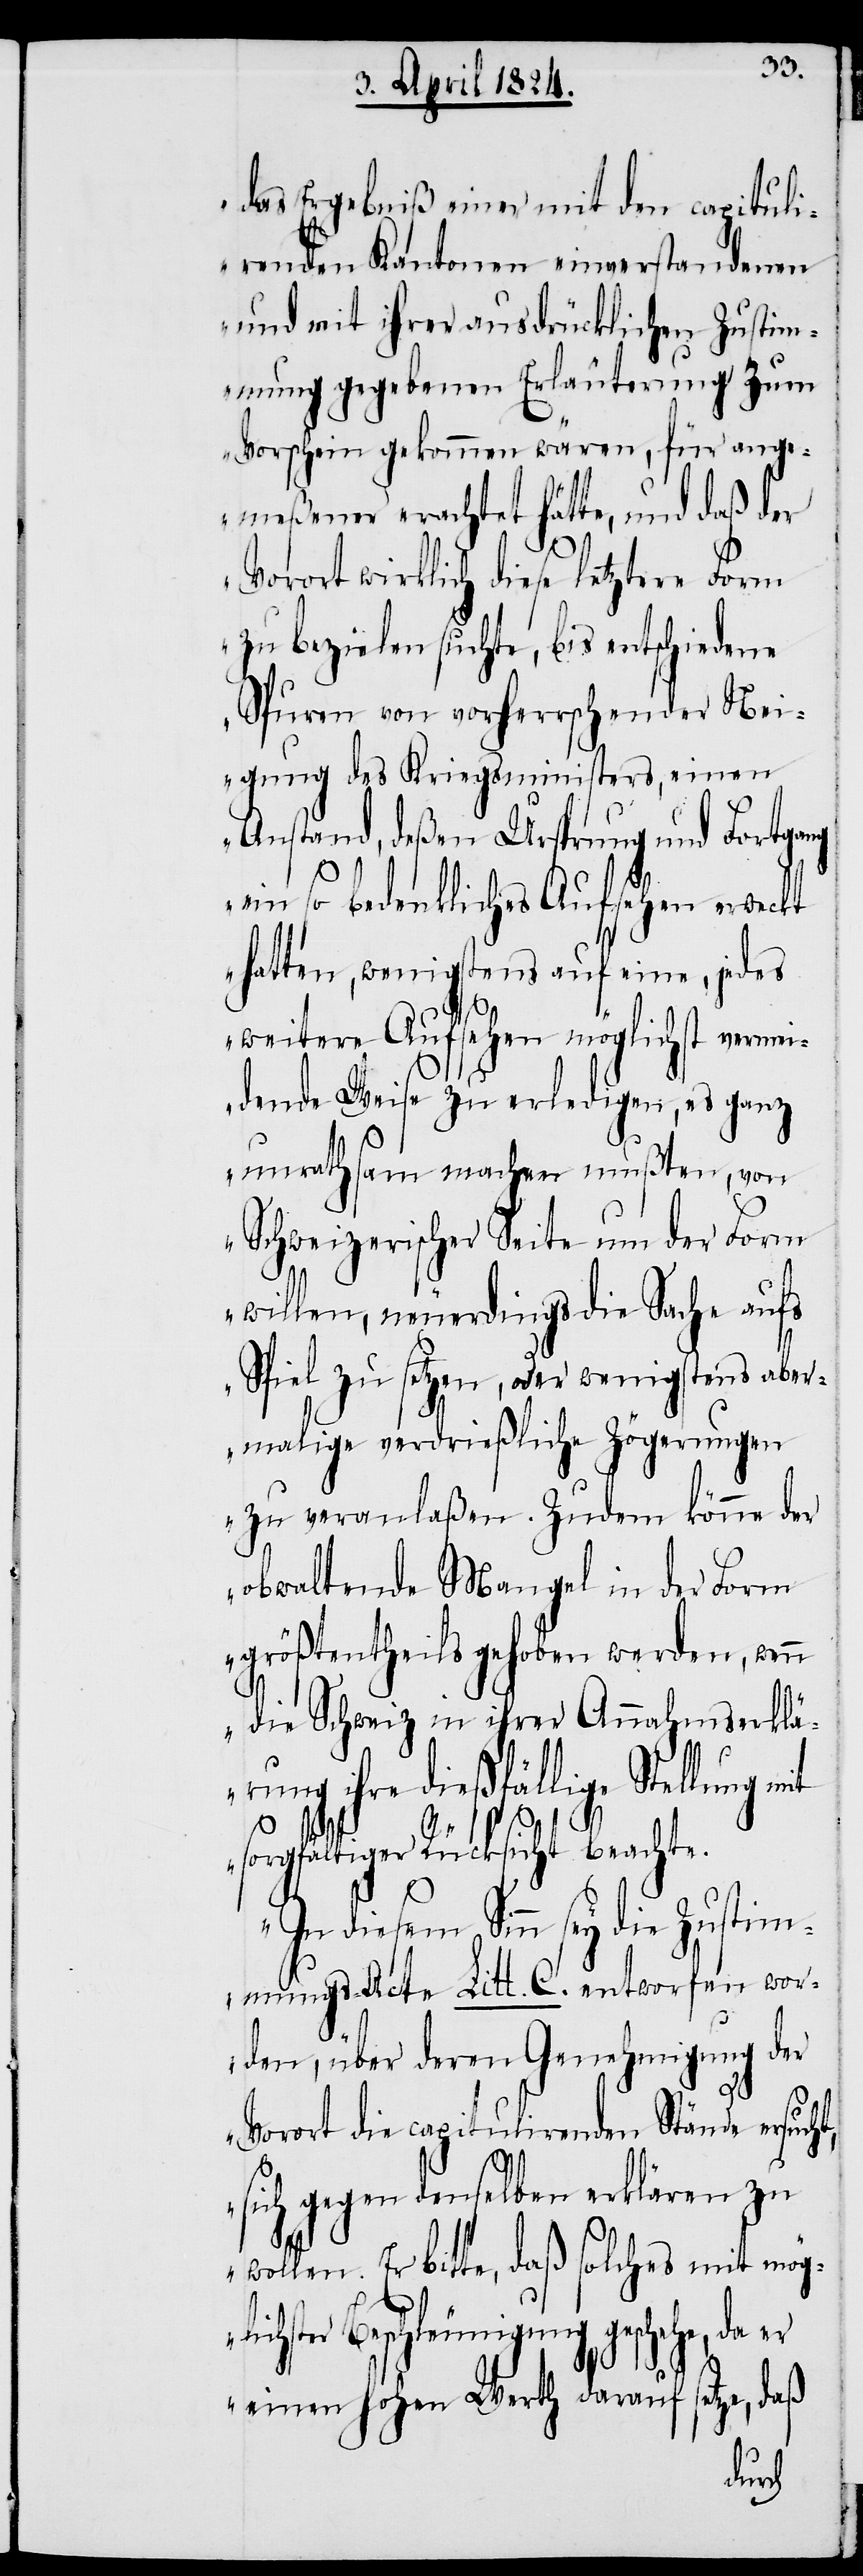
das Ergebniß einer mit den capituli¬
renden Kantonen einverstandenen
und mit ihrer ausdrücklichen Zustim¬
mung gegebenen Erläuterung zum
Vorschein gekommen wären, für ange¬
meßener erachtet hätte, und daß der
Vorort wirklich diese letztere Form
zu bezielen suchte, bis entschiedene
Spuren von vorherrschender Mei¬
nung des Kriegsministers, einen
Anstand, deßen Ursprung und Fortgang
t,
ein so bedenkliches Aufsehen erweckt
hatten, wenigstens auf eine, jedes
weitere Aufsehen möglichst vermei¬
dende Weise zu erledigen, es ganz
unrathsam machen mußten, von
Schweizerischer Seite um der Form
willen, neuerdings die Sache aufs
Spiel zu setzen, oder wenigstens aber¬
malige verdrießliche Zögerungen
zu veranlaßen. Zudem könne der
obwaltende Mangel in der Form
größtentheils gehoben werden, wenn
die Schweiz in ihrer Annahmserklä¬
rung ihre dießfällige Stellung
sorgfältiger Rücksicht beachte.
In diesem Sinn sey die Zustim¬
mungs-Acte Litt. C. entworfen wor¬
den, über deren Genehmigung der
Vorort die capitulirenden Stände ersuch¬
sich gegen denselben erklären zu
wollen. Er bitte, daß solches mit mögl¬
ichster Beschleunigung geschehe, da er
einen hohen Werth darauf setze, daß